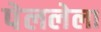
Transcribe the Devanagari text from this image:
पेललेला